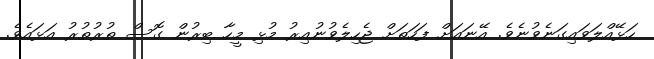
ހަޅޭއްލަވައިގަނެވުނެވެ. އޭނައަށް ފަހަތަށް ޖެހިލެވުނުއިރު މުޅި މީހާ ބިރުން ގޮސް ތުރުތުރު އަޅައެވެ.